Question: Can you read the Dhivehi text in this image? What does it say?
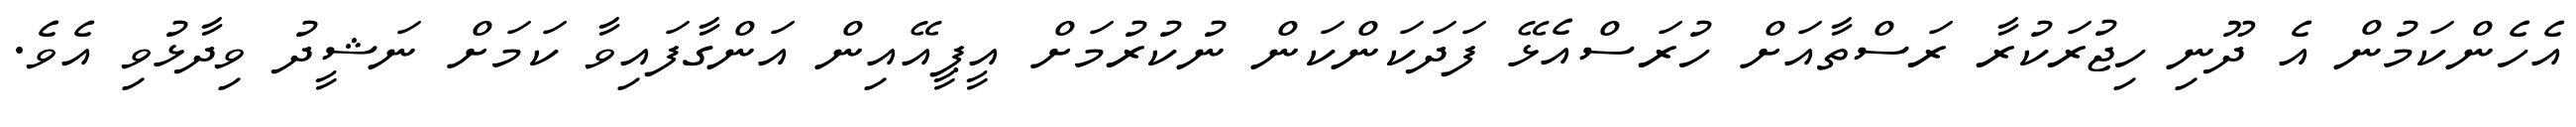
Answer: އެހެންކަމުން އެ ދޫނި ހިޖުރަކުރާ ރަސްތާއަށް ހުރަސްއެޅޭ ފަދަކަންކަން ނުކުރުމަށް އީޕީއޭއިން އަންގާފައިވާ ކަމަށް ނަޝީދު ވިދާޅުވި އެވެ.